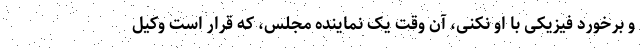
و برخورد فیزیکی با او نکنی، آن وقت یک نماینده مجلس، که قرار است وکیل